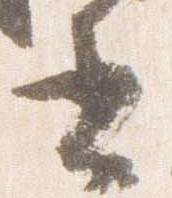
書